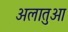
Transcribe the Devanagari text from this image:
अलातुआ